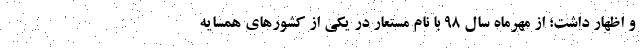
و اظهار داشت؛ از مهرماه سال 98 با نام مستعار در یکی از کشورهای همسایه